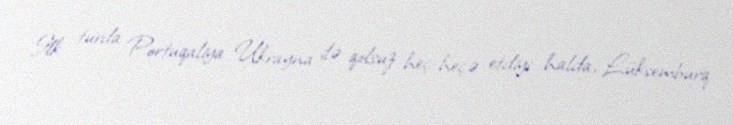
İlk turda Portuqaliya Ukrayna ilə qolsuz heç-heçə etdiyi halda, Lüksemburq